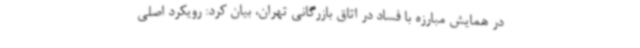
در همایش مبارزه با فساد در اتاق بازرگانی تهران، بیان کرد: رویکرد اصلی